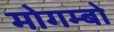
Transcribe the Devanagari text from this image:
मोगम्बो